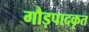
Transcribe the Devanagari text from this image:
गौड़पादकृत